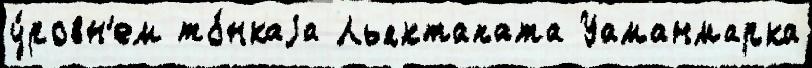
у́ровн'ем то́нкаjа Льяктапата Уаманмарка